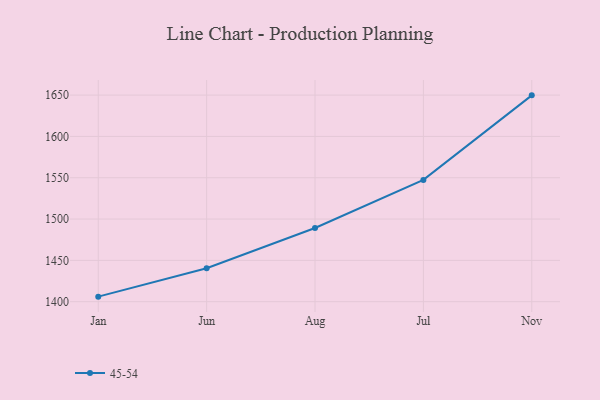
{"axis": {"x": "Month", "y": "Shipments"}, "legend": ["45-54"], "data": [{"x": "Jan", "y": 1406.1, "type": "45-54"}, {"x": "Jun", "y": 1440.4, "type": "45-54"}, {"x": "Aug", "y": 1489.2, "type": "45-54"}, {"x": "Jul", "y": 1547.4, "type": "45-54"}, {"x": "Nov", "y": 1649.7, "type": "45-54"}]}